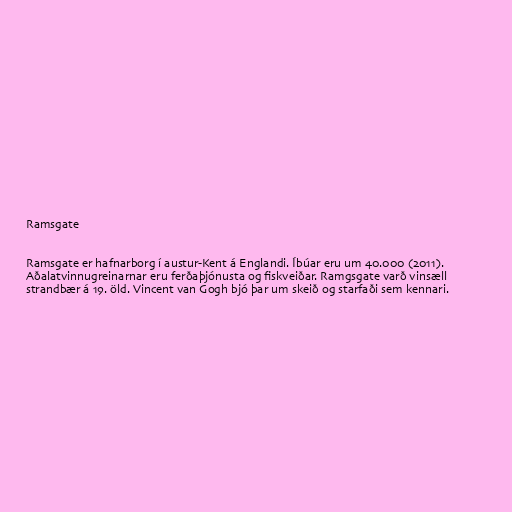
Ramsgate

Ramsgate er hafnarborg í austur-Kent á Englandi. Íbúar eru um 40.000 (2011).
Aðalatvinnugreinarnar eru ferðaþjónusta og fiskveiðar. Ramgsgate varð vinsæll
strandbær á 19. öld. Vincent van Gogh bjó þar um skeið og starfaði sem kennari.